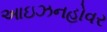
આઇઝનહોવર